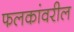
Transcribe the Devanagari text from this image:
फलकांवरील